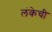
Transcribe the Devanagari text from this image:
लंकेची